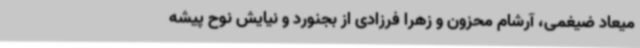
میعاد ضیغمی، آرشام محزون و زهرا فرزادی از بجنورد و نیایش نوح پیشه